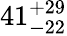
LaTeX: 41_{-22}^{+29}